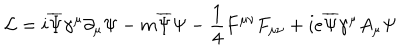
LaTeX: { \mathcal { L } } = i { \overline { { { \Psi } } } } \gamma ^ { \mu } \partial _ { \mu } \Psi - m { \overline { { { \Psi } } } } \Psi - \frac { 1 } { 4 } F ^ { \mu \nu } F _ { \mu \nu } + i e \overline { { { \Psi } } } { \gamma ^ { \mu } } { A _ { \mu } } { \Psi }